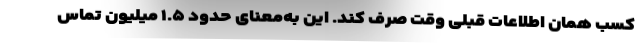
کسب همان اطلاعات قبلی وقت صرف کند. این به‌معنای حدود ۱.۵ میلیون تماس